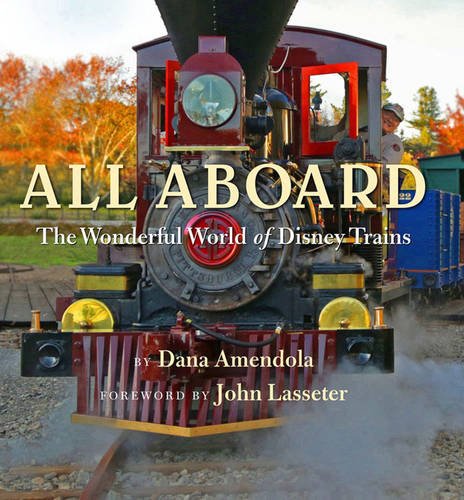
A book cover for All Aboard: The Wonderful World of Disney Trains (Disney Editions Deluxe); Dana Amendola; Humor & Entertainment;